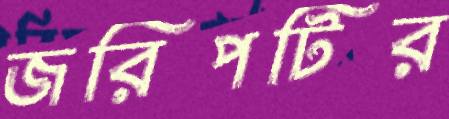
জরিপটির